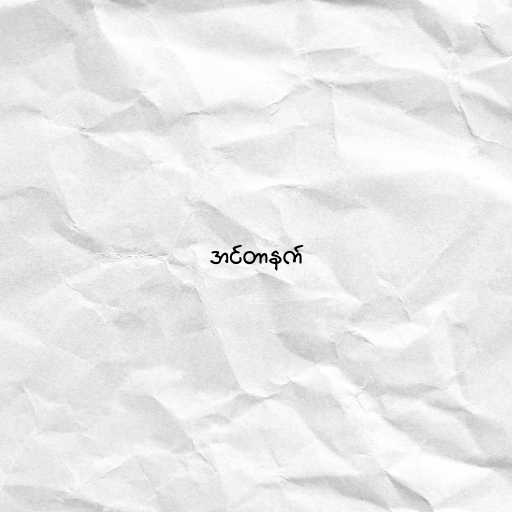
အင်တာနက်